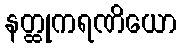
နတ္ထုကရဏိယော